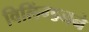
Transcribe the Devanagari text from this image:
विलिंग्डनने